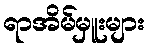
ရာအိမ်မှူးများ